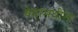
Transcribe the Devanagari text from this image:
वेदामधील